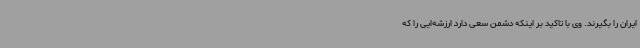
ایران را بگیرند. وی با تاکید بر اینکه دشمن سعی دارد ارزشه‌ایی را که